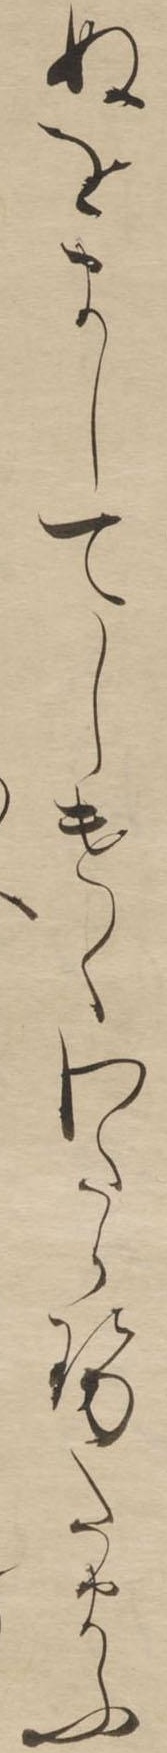
ぬをましてしけくわたらせたまふ